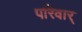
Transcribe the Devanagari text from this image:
परिवार्